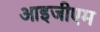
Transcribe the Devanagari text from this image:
आइजीएम